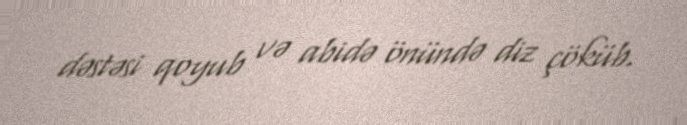
dəstəsi qoyub və abidə önündə diz çöküb.